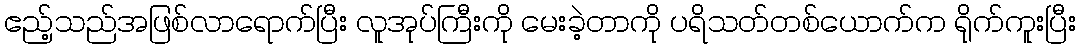
ဧည့်သည်အဖြစ်လာရောက်ပြီး လူအုပ်ကြီးကို မေးခဲ့တာကို ပရိသတ်တစ်ယောက်က ရိုက်ကူးပြီး